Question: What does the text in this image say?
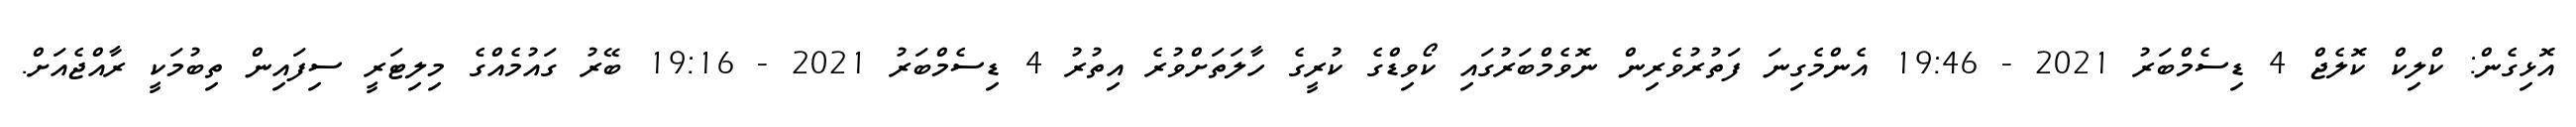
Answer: އޮޅިގެން: ކްލިކް ކޮލެޖް 4 ޑިސެމްބަރު 2021 - 19:46 އެންމެގިނަ ފަތުރުވެރިން ނޮވެމްބަރުގައި ކޯވިޑްގެ ކުރީގެ ހާލަތަށްވުރެ އިތުރު 4 ޑިސެމްބަރު 2021 - 19:16 ބޭރު ގައުމެއްގެ މިލިޓަރީ ސިފައިން ތިބުމަކީ ރާއްޖެއަށް.